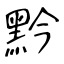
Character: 黔